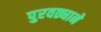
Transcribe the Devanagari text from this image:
पुरवठ्याने